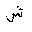
Letter: _shin